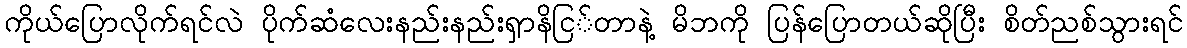
ကိုယ်ပြောလိုက်ရင်လဲ ပိုက်ဆံလေးနည်းနည်းရှာနိငြ်တာနဲ့ မိဘကို ပြန်ပြောတယ်ဆိုပြီး စိတ်ညစ်သွားရင်